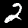
Digit: 2